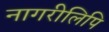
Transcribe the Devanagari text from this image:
नागरीलिपि